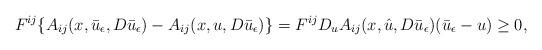
LaTeX: \begin{align*} F^{ij}\{A_{ij}(x,\bar u_\epsilon,D\bar u_\epsilon)-A_{ij}(x,u,D\bar u_\epsilon)\}=F^{ij}D_uA_{ij}(x,\hat u, D\bar u_\epsilon)(\bar u_\epsilon-u)\geq 0, \end{align*}